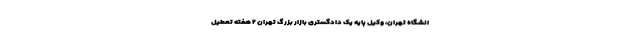
انشگاه تهران، وکیل پایه یک دادگستری بازار بزرگ تهران ۲ هفته تعطیل